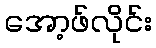
အော့ဖ်လိုင်း